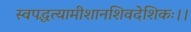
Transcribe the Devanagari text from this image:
स्वपद्धत्यामीशानशिवदेशिकः।।